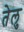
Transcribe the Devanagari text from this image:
तेलु